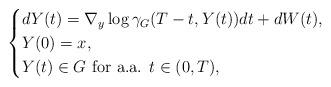
LaTeX: \begin{align*}\begin{cases}dY(t)=\nabla_y\log\gamma_G(T-t,Y(t))dt+dW(t), \\Y(0)=x, \\Y(t)\in G \mbox{ for a.a. } t\in (0,T),\end{cases}\end{align*}